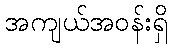
အကျယ်အဝန်းရှိ